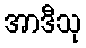
အာဒီသု